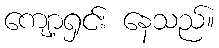
ကျော့ရှင်း နေသည်။